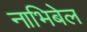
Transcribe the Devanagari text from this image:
नाभिबेल